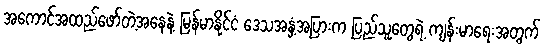
အကောင်အထည်ဖော်တဲ့အနေနဲ့ မြန်မာနိုင်ငံ ဒေသအနှံ့အပြားက ပြည်သူတွေရဲ့ ကျန်းမာရေးအတွက်